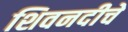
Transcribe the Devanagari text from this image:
शिवनदीचे